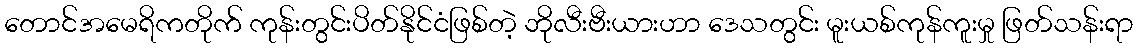
တောင်အမေရိကတိုက် ကုန်းတွင်းပိတ်နိုင်ငံဖြစ်တဲ့ ဘိုလီးဗီးယားဟာ ဒေသတွင်း မူးယစ်ကုန်ကူးမှု ဖြတ်သန်းရာ